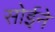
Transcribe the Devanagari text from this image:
सोईने